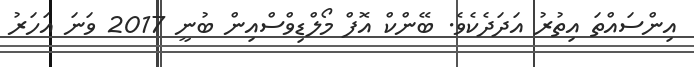
އިންސައްތަ އިތުރު އަދަދެކެވެ. ބޭންކް އޮފް މޯލްޑިވްސްއިން ބުނީ 2017 ވަނަ އަހަރު